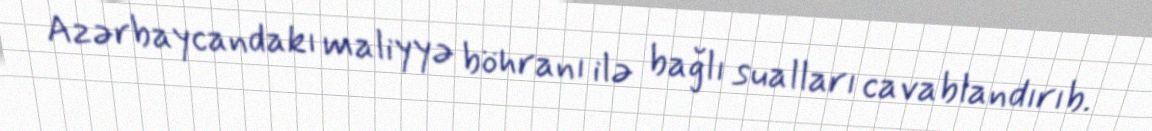
Azərbaycandakı maliyyə böhranı ilə bağlı sualları cavablandırıb.